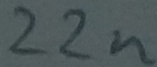
Text: 22n